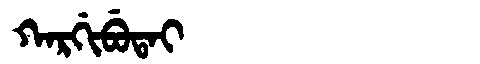
Manchu: ᡴᠠᡵᡤᡳᠪᡠᡨᠠᡳ
Romanization: KARGIBUTAI